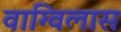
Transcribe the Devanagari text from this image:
वाग्विलास